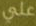
علي